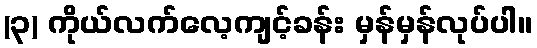
(၃) ကိုယ်လက်လေ့ကျင့်ခန်း မှန်မှန်လုပ်ပါ။